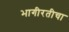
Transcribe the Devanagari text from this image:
भागीरतीचा